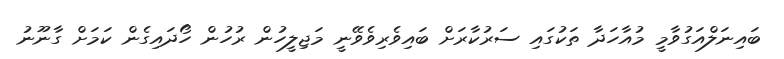
ބައިނަލްއަގުވާމީ މުއާހަދާ ތަކުގައި ސަރުކާރަށް ބައިވެރިވެވޭނީ މަޖިލީހުން ރުހުން ހޯދައިގެން ކަމަށް ގާނޫނު